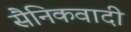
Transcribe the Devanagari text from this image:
सैनिकवादी